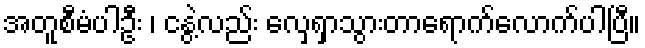
အတူစီမံပါဦး ၊ ငနွဲ့လည်း လှေရှာသွားတာရောက်လောက်ပါပြီ။